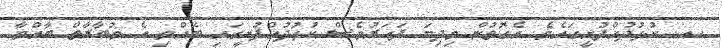
ހއ. ކުޅުދުއްފުށީގައެވެ. އެގޮތުން މިދިޔަ ފަހަރުވެސް ކުޅުދުއްފުށީގައި ބޭއްވި އެ މުބާރާތް ބާއްވާ